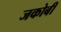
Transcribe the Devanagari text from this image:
जकोबी